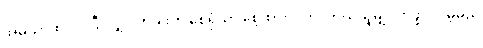
အိမ်သာထဲ ဝင်ပြီးလျှင် တံခါးကို စေ့ရုံသာ စေ့ထားလိုက်၊ ဘယ်သူမျှ လာဖွင့်လိမ့်မည်